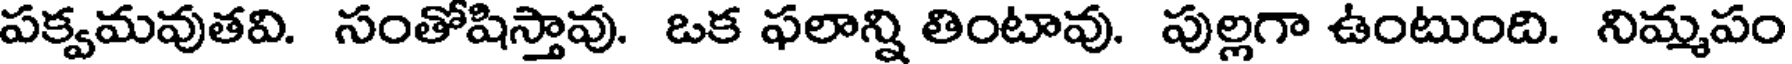
పక్వమవుతవి. సంతోషిస్తావు. ఒక ఫలాన్ని తింటావు. పుల్లగా ఉంటుంది. నిమ్మపం